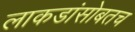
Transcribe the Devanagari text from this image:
लाकडांसोबतच